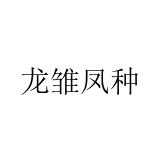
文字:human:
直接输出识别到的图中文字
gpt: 龙雏凤种